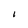
Character: I